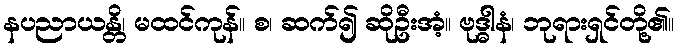
နပညာယန္တိ၊ မထင်ကုန်။ စ၊ ဆက်၍ ဆိုဦးအံ့။ ဗုဒ္ဓါနံ၊ ဘုရားရှင်တို့၏။